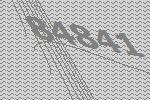
84841